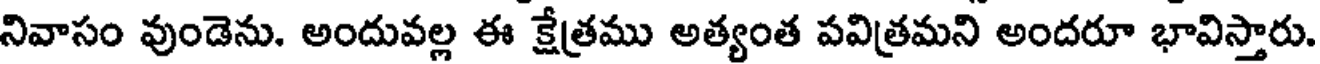
నివాసం వుండెను. అందువల్ల ఈ క్షేత్రము అత్యంత పవిత్రమని అందరూ భావిస్తారు.